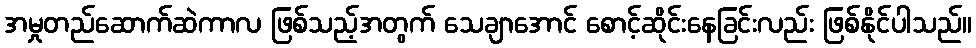
အမှုတည်ဆောက်ဆဲကာလ ဖြစ်သည့်အတွက် သေချာအောင် စောင့်ဆိုင်းနေခြင်းလည်း ဖြစ်နိုင်ပါသည်။